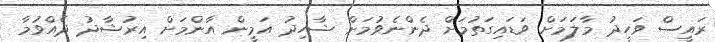
ރައީސް ވަހީދު މާލަމަށް ވަޑައިގަތުމަށް ދެންނެވުމަށް ޝާހިދު އަމީން އާންމަށް އިރުޝާދު ދެއްވުމާ